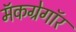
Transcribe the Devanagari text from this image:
मॅकग्रेगॉर